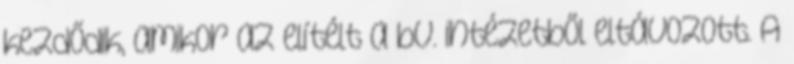
kezdődik, amikor az elítélt a bv. intézetből eltávozott. A